Investigations on Bengal jail dietaries - Number 37
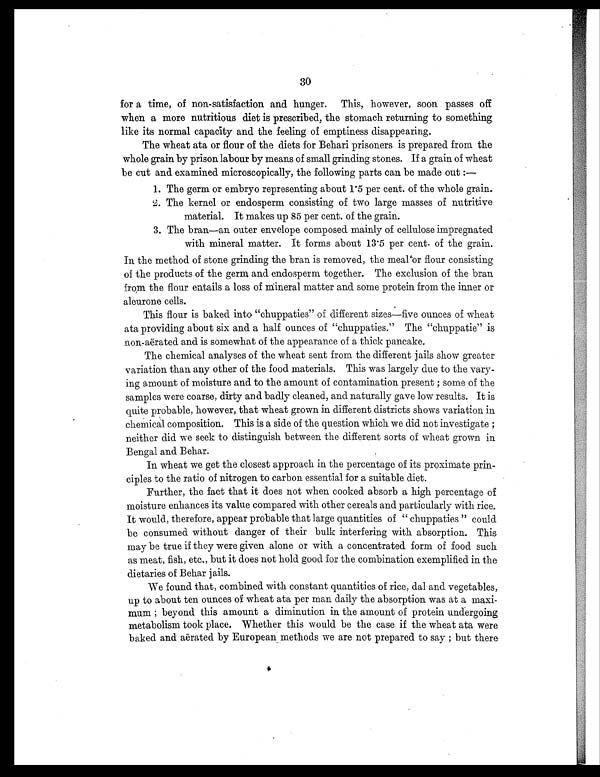
30
for a time, of non-satisfaction and hunger. This, however, soon passes off
when a more nutritious diet is prescribed, the stomach returning to something,
like its normal capacity and the feeling of emptiness disappearing.
The wheat ata or flour of the diets for Behari prisoners is prepared from the
whole grain by prison labour by means of small grinding stones. If a grain of wheat
be cut and examined microscopically, the following parts can be made out :
—
1. The germ or embryo representing about 1.5 per cent. of the whole grain.
2. The kernel or endosperm consisting of two large masses of nutritive
material. It makes up 85 per cent. of the grain.
3. The bran—an outer envelope composed mainly of cellulose impregnated
with mineral matter. It forms about 13.5 per cent. of the grain.
In the method of stone grinding the bran is removed, the meal or flour consisting
of the products of the germ and endosperm together. The exclusion of the bran
from the flour entails a loss of mineral matter and some protein from the inner or
aleurone cells.
This flour is baked into "chuppaties" of different sizes—five ounces of wheat
ata providing about six and a half ounces of "chuppaties." The "chuppatie" is
non-aërated and is somewhat of the appearance of a thick pancake.
The chemical analyses of the wheat sent from the different jails show greater
variation than any other of the food materials. This was largely due to the vary-
ing amount of moisture and to the amount of contamination present ; some of the
samples were coarse, dirty and badly cleaned, and naturally gave low results. It is
quite probable, however, that wheat grown in different districts shows variation in
chemical composition. This is a side of the question which we did not investigate ;
neither did we seek to distinguish between the different sorts of wheat grown in
Bengal and Behar.
In wheat we get the closest approach in the percentage of its proximate prin-
ciples to the ratio of nitrogen to carbon essential for a suitable diet.
Further, the fact that it does not when cooked absorb a high percentage of
moisture enhances its value compared with other cereals and particularly with rice.
It would, therefore, appear probable that large quantities of " chuppaties " could
be consumed without danger of their bulk interfering with absorption. This
may be true if they were given alone or with a concentrated form of food such
as meat, fish, etc., but it does not hold good for the combination exemplified in the
dietaries of Behar jails.
We found that, combined with constant quantities of rice, dal and vegetables,
up to about ten ounces of wheat ata per man daily the absorption was at a maxi-
mum ; beyond this amount a diminution in the amount of protein undergoing
metabolism took place. Whether this would be the case if the wheat ata were
baked and aërated. by European methods we are not prepared to say ; but there